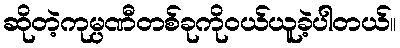
ဆိုတဲ့ကုမ္ပဏီတစ်ခုကိုဝယ်ယူခဲ့ပါတယ်။